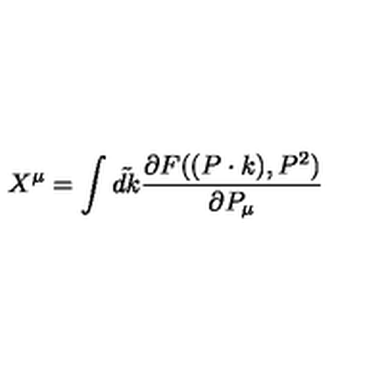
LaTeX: X ^ { \mu } = \int \tilde { d k } \frac { \partial F ( ( P \cdot k ) , P ^ { 2 } ) } { \partial P _ { \mu } }